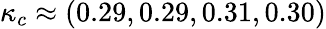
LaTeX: \kappa_{c}\approx(0.29,0.29,0.31,0.30)